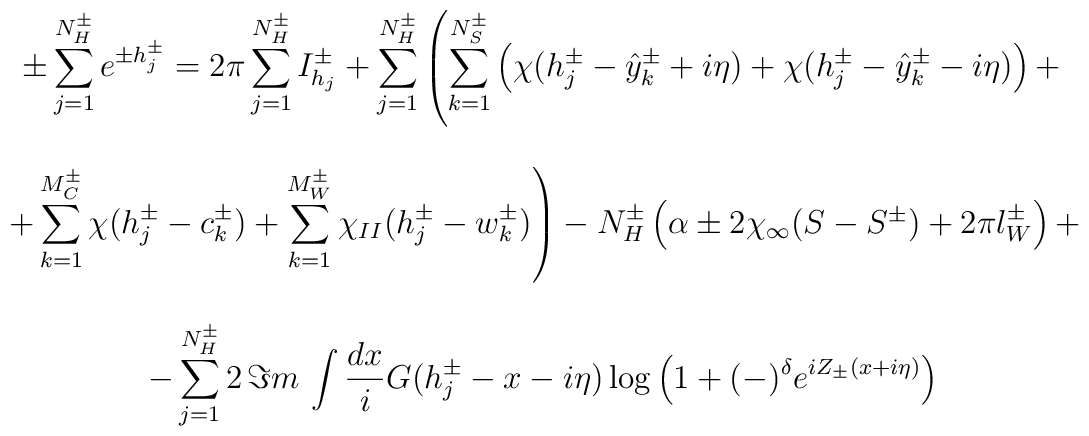
\begin{array}{c}\pm \displaystyle\sum _{j=1}^{N^{\pm }_{H}}e^{\pm h^{\pm }_{j}}=2\pi \displaystyle\sum ^{N^{\pm }_{H}}_{j=1}I^{\pm }_{h_{j}}+\displaystyle\sum ^{N^{\pm }_{H}}_{j=1}\left( \displaystyle\sum ^{N_{S}^{\pm }}_{k=1}\left( \chi (h^{\pm }_{j}-\hat{y}_{k}^{\pm }+i\eta )+\chi (h^{\pm }_{j}-\hat{y}_{k}^{\pm }-i\eta )\right) +\right. \\\\\left. +\displaystyle\sum ^{M_{C}^{\pm }}_{k=1}\chi (h^{\pm }_{j}-c_{k}^{\pm })+\displaystyle\sum _{k=1}^{M_{W}^{\pm }}\chi _{II}(h^{\pm }_{j}-w_{k}^{\pm })\right) -N_{H}^{\pm }\left( \alpha \pm 2\chi _{\infty }(S-S^{\pm })+2\pi l_{W}^{\pm }\right) +\\\\-\displaystyle\sum ^{N_{H}^{\pm }}_{j=1}2\, \Im m\, \displaystyle\int \displaystyle\frac{dx}{i}G(h^{\pm }_{j}-x-i\eta )\log \left( 1+(-)^{\delta }e^{iZ_{\pm }(x+i\eta )}\right) \end{array}